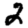
Digit: 2